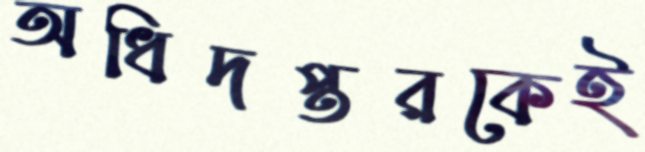
অধিদপ্তরকেই